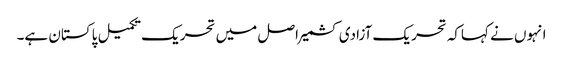
انہوں نے کہاکہ تحریک آزادی کشمیر اصل میں تحریک تکمیل پاکستان ہے۔